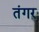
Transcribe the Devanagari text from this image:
तंगर